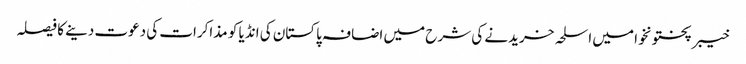
خیبر پختونخوا میں اسلحہ خریدنے کی شرح میں اضافہ	 پاکستان کی انڈیا کو مذاکرات کی دعوت دینے کا فیصلہ